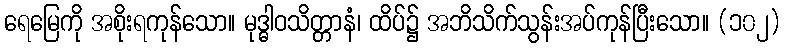
ရေမြေကို အစိုးရကုန်သော။ မုဒ္ဓါဝသိတ္တာနံ၊ ထိပ်၌ အဘိသိက်သွန်းအပ်ကုန်ပြီးသော။ (၁၀၂)